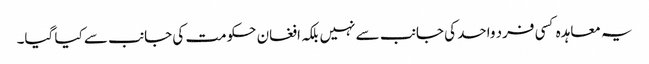
یہ معاہدہ کسی فرد واحد کی جانب سے نہیں بلکہ افغان حکومت کی جانب سے کیا گیا۔